Report on horse surra - Volume I
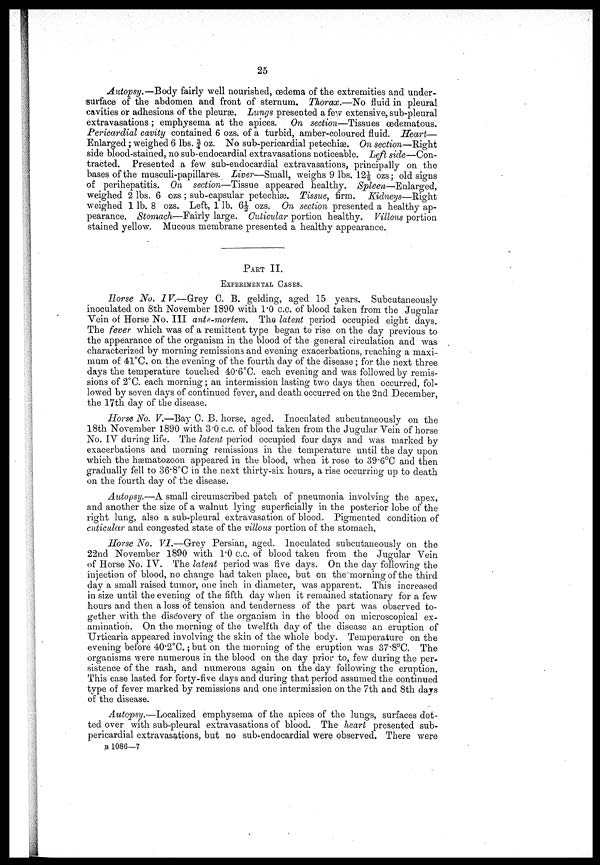
25
Autopsy.—Body fairly well nourished, oedema of the extremities and under-
surface of the abdomen and front of sternum. Thorax.—No fluid in pleural
cavities or adhesions of the pleuræ. Lungs presented a few extensive, sub-pleural
extravasations ; emphysema at the apices. On section-—Tissues œdematous.
Pericardial cavity contained 6 ozs. of a turbid, amber-coloured fluid. Heart—
Enlarged ; weighed 6 lbs. ¾ oz. No sub-pericardial petechias. On section—Right
side blood-stained, no sub-endocardial extravasations noticeable. Left side—Con-
tracted. Presented a few sub-endocardial extravasations, principally on the
bases of the musculi-papillares. Liver—Small, weighs 9 lbs. 12½ ozs; old signs
of perihepatitis. On section—Tissue appeared healthy. Spleen—Enlarged,
weighed 2 lbs. 6 ozs ; sub-capsular petechiæ. Tissue, firm. Kidneys—Right
weighed 1 lb. 8 ozs. Left, 1 lb. 6½ ozs. On section presented a healthy ap-
pearance. Stomach—Fairly large. Cuticular portion healthy. Villous portion
stained yellow. Mucous membrane presented a healthy appearance.
PART II.
EXPEEIMENTAL CASES.
Horse No. IV.—Grey C. B. gelding, aged 15 years. Subcutaneously
inoculated on 8th November 1890 with 1.0 C.C. of blood taken from the Jugular
Vein of Horse No. III ante-mortem. The latent period occupied eight days.
The fever which was of a remittent type began to rise on the day previous to
the appearance of the organism in the blood of the general circulation and was
characterized by morning remissions and evening exacerbations, reaching a maxi-
mum of 41°C. on the evening of the fourth day of the disease ; for the next three
days the temperature touched 40.6°C. each evening and was followed by remis-
sions of 2°C. each morning; an intermission lasting two days then occurred, fol-
lowed by seven days of continued fever, and death occurred on the 2nd December,
the 17th day of the disease.
Horse No. V.—Bay C. B. horse, aged. Inoculated subcutaneously on the
18th November 1890 with 3.0 c.c. of blood taken from the Jugular Vein of horse
No. IV during life. The latent period occupied four days and was marked by
exacerbations and morning remissions in the temperature until the day upon
which the hæmatozoon appeared in the blood, when it rose to 39.6°C and then
gradually fell to 36.8°C in the next thirty-six hours, a rise occurring up to death
on the fourth day of the disease.
Autopsy.—A small circumscribed patch of pneumonia involving the apex,
and another the size of a walnut lying superficially in the posterior lobe of the
right lung, also a sub-pleural extravasation of blood. Pigmented condition of
cuticular and congested state of the villous portion of the stomach.
Horse No. VI.—Grey Persian, aged. Inoculated subcutaneously on the
22nd November 1890 with 1.0 c.c. of blood taken from the Jugular Vein
of Horse No. IV. The latent period was five days. On the day following the
injection of blood, no change had taken place, but on the morning of the third
day a small raised tumor, one inch in diameter, was apparent. This increased
in size until the evening of the fifth day when it remained stationary for a few
hours and then a loss of tension and tenderness of the part was observed to-
gether with the discovery of the organism in the blood on microscopical ex-
amination. On the morning of the twelfth day of the disease an eruption of
Urticaria appeared involving the skin of the whole body. Temperature on the
evening before 40.2°C.; but on the morning of the eruption was 37.8°C. The
organisms were numerous in the blood on the day prior to, few during the per-
sistence of the rash, and numerous again on the day following the eruption.
This case lasted for forty-five days and during that period assumed the continued
type of fever marked by remissions and one intermission on the 7th and 8th days
of the disease.
Autopsy.—Localized emphysema of the apices of the lungs, surfaces dot-
ted over with sub-pleural extravasations of blood. The heart presented sub-
pericardial extravasations, but no sub-endocardial were observed. There were
B 1086—7